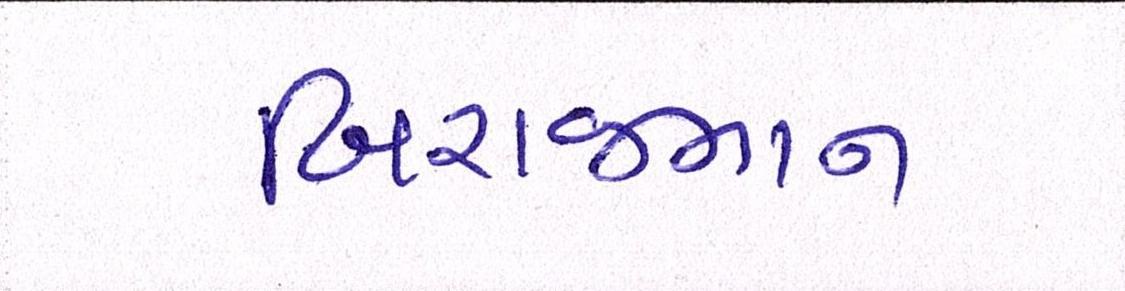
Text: બિરાજમાન